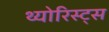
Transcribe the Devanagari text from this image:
थ्योरिस्ट्स